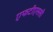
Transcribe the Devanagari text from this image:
एफटीएससी